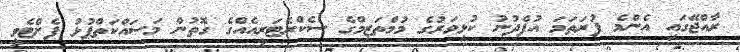
ރާއްޖޭގައި އެންމެ ފުރަތަމަ އުފެދުނު ކުޅިވަރުގެ މުމްތަޒިމްގެ ސެކްރެޓަރީއެއްގެ ގޮތުން މަސައްކަތްޕުޅު ފެށްޓެވީ